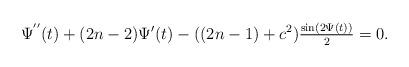
LaTeX: \begin{align*}\Psi^{''}(t)+(2n-2)\Psi'(t)-((2n-1)+c^2)\tfrac{\sin(2\Psi(t))}{2}=0.\end{align*}